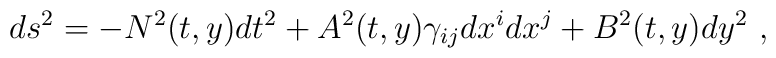
ds^{2} = -N^{2}(t,y) dt^{2}         +A^{2}(t,y)\gamma_{ij}dx^{i}dx^{j}         +B^{2}(t,y)dy^{2}\ ,